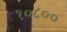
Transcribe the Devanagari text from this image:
१०८००